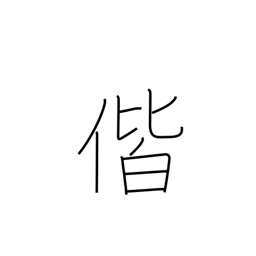
Meaning: together